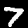
Digit: 7